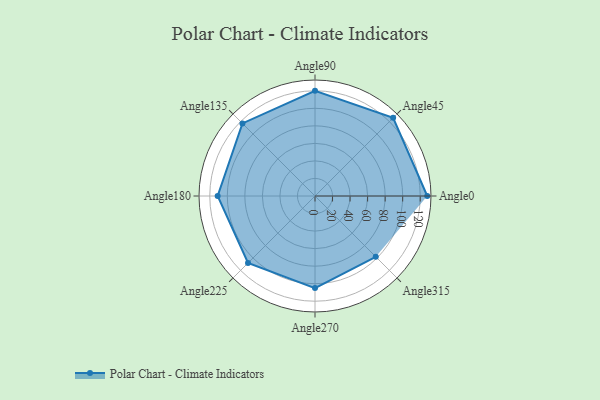
{"axis": {"x": "Angle", "y": "Radius"}, "legend": [""], "data": [{"x": "Angle0", "y": 128.0, "type": ""}, {"x": "Angle45", "y": 126.0, "type": ""}, {"x": "Angle90", "y": 120.0, "type": ""}, {"x": "Angle135", "y": 117.0, "type": ""}, {"x": "Angle180", "y": 111.0, "type": ""}, {"x": "Angle225", "y": 108.0, "type": ""}, {"x": "Angle270", "y": 105.0, "type": ""}, {"x": "Angle315", "y": 98.0, "type": ""}]}